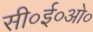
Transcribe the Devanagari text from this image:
सी०ई०ओ०